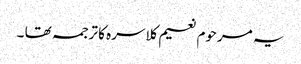
یہ مرحوم نعیم کلاسرہ کا ترجمہ تھا ۔